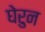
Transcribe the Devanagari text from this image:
घेरुन